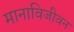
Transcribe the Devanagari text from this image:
मानाविजीवन